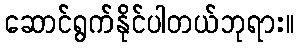
ဆောင်ရွက်နိုင်ပါတယ်ဘုရား။